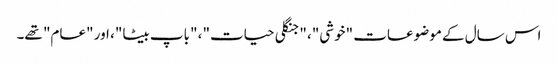
اس سال کے موضوعات "خوشی"، "جنگلی حیات"، "باپ بیٹا"، اور "عام" تھے۔